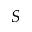
S